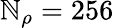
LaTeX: \mathbb{N}_{\rho}=256